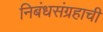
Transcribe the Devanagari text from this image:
निबंधसंग्रहाची